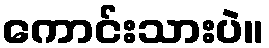
ကောင်းသားပဲ။